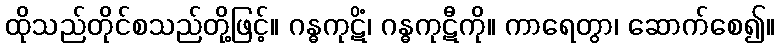
ထိုသည်တိုင်စသည်တို့ဖြင့်။ ဂန္ဓကုဋိံ၊ ဂန္ဓကုဋီကို။ ကာရေတွာ၊ ဆောက်စေ၍။